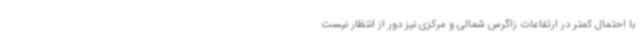
با احتمال کمتر در ارتفاعات زاگرس شمالی و مرکزی نیز دور از انتظار نیست